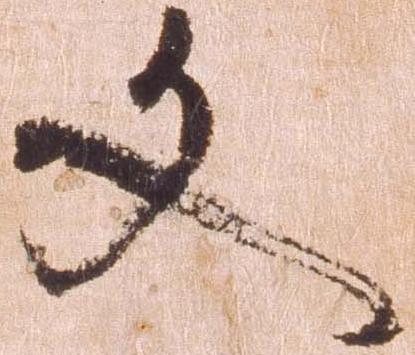
文